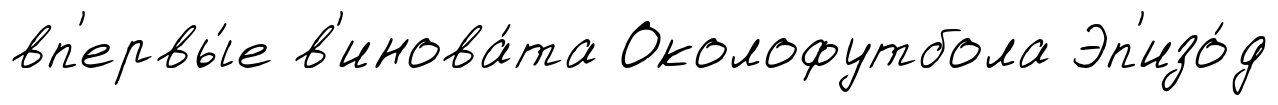
вп'ервы́е в'инова́та Околофутбола Эп'изо́д